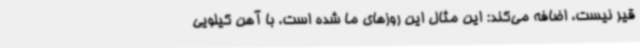
قیر نیست، اضافه می‌کند: این مثال این روزهای ما شده است. با آهن کیلویی